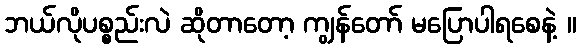
ဘယ်လိုပစ္စည်းလဲ ဆိုတာတော့ ကျွန်တော် မပြောပါရစေနဲ့ ။